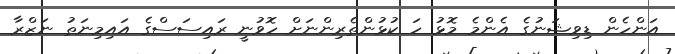
އަންހެން ޑިވިޝަނުގެ އެންމެ މޮޅު ހަ ކުޅުންތެރިންނަށް ހޮވުނީ ރައިސަސްގެ އައިމިނަތު ނަޒްރާ